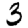
Digit: 3